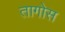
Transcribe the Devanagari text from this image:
तागोस